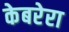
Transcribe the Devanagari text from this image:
केबरेरा